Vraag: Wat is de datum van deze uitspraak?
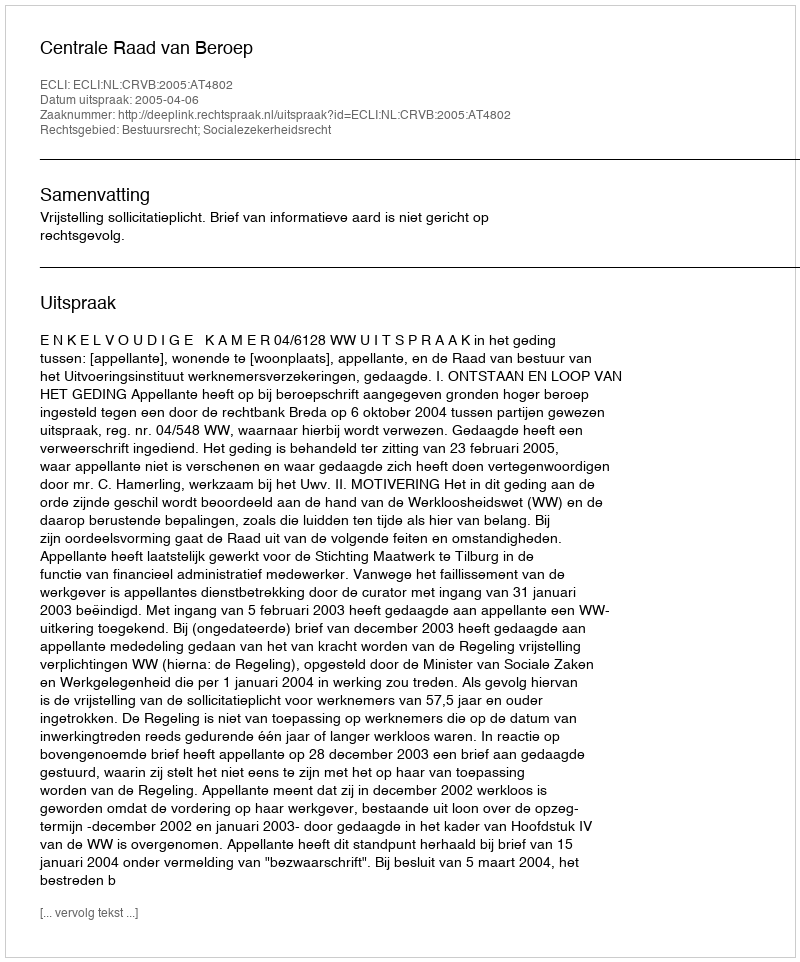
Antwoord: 2005-04-06